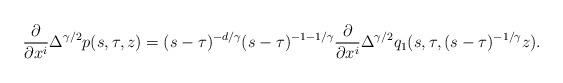
LaTeX: \begin{align*} \frac{\partial}{\partial x^i}\Delta^{\gamma/2}p(s,\tau, z)=(s-\tau)^{-d/\gamma}(s-\tau)^{-1-1/\gamma}\frac{\partial}{\partial x^i} \Delta^{\gamma/2}q_1(s,\tau, (s-\tau)^{-1/\gamma}z).\end{align*}